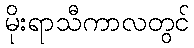
မိုးရာသီကာလတွင်